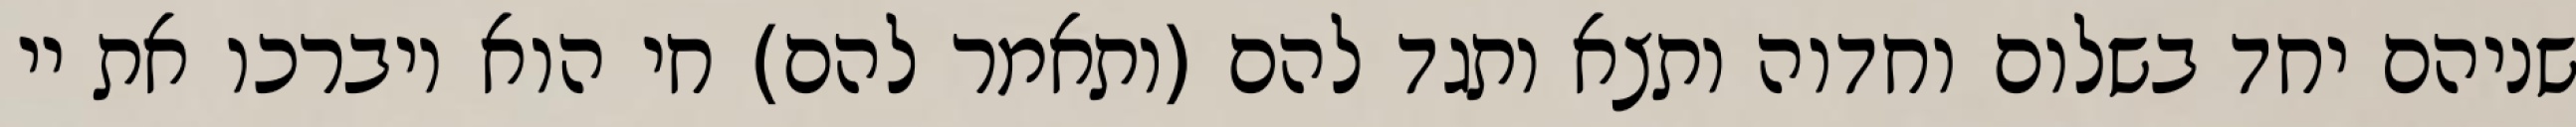
שניהם יחד בשלום וחדוה ותצא ותגד להם (ותאמר להם) חי הוא ויברכו את יי